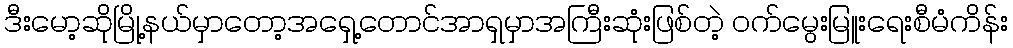
ဒီးမော့ဆိုမြို့နယ်မှာတော့အရှေ့တောင်အာရှမှာအကြီးဆုံးဖြစ်တဲ့ ဝက်မွေးမြူးရေးစီမံကိန်း